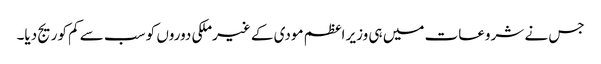
جس نے شروعات میں ہی وزیر اعظم مودی کے غیرملکی دوروں کو سب سے کم کوریج دیا۔